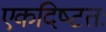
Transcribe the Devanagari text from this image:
एकदिष्‍टतः